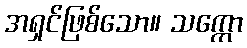
အရှင်ဖြစ်သော။ သက္ကော